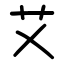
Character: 艾